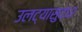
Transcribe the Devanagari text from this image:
उलट्यासुद्धा